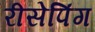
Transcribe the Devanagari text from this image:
रीसेपिंग